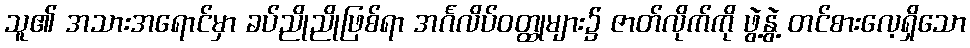
သူ၏ အသားအရောင်မှာ ခပ်ညိုညိုဖြစ်ရာ အင်္ဂလိပ်ဝတ္ထုများ၌ ဇာတ်လိုက်ကို ဖွဲ့နွဲ့ တင်စားလေ့ရှိသော